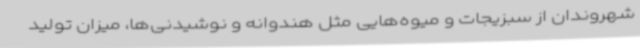
شهروندان از سبزیجات و میوه‌هایی مثل هندوانه و نوشیدنی‌ها، میزان تولید